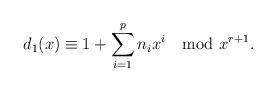
LaTeX: \begin{align*} d_1(x)\equiv 1+\sum_{i=1}^{p}n_ix^i \mod x^{r+1}.\end{align*}